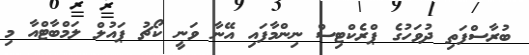
ބުރާސްފަތި ދުވަހުގެ ޕްރެކްޓިސް ނިންމާފައި އޭނާ ވަނީ ކޯޗު ޕައުލް ލަމްބާޓްއާ މި